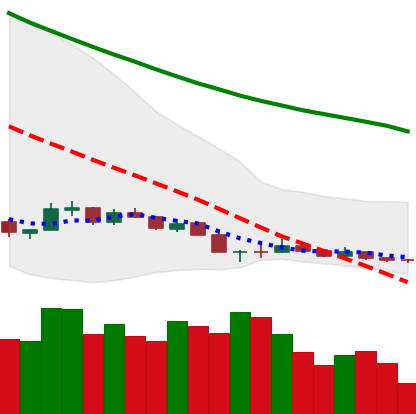
Ticker: NEO-USD
Chart end date: 2018-12-15
Forward return: 29.09%
Label: up_7plus